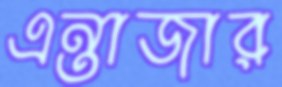
এন্তাজার